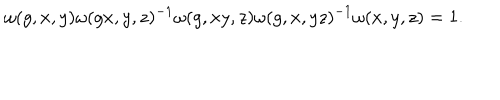
\omega ( g , x , y ) \omega ( g x , y , z ) ^ { - 1 } \omega ( g , x y , z ) \omega ( g , x , y z ) ^ { - 1 } \omega ( x , y , z ) = 1 .